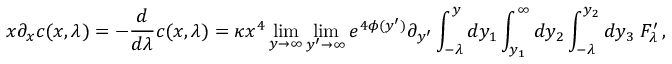
x \partial _ { x } c ( x , \lambda ) = - \frac { d } { d \lambda } c ( x , \lambda ) = \kappa x ^ { 4 } \operatorname * { l i m } _ { y \rightarrow \infty } \operatorname * { l i m } _ { y ^ { \prime } \rightarrow \infty } e ^ { 4 \phi ( y ^ { \prime } ) } \partial _ { y ^ { \prime } } \int _ { - \lambda } ^ { y } d y _ { 1 } \int _ { y _ { 1 } } ^ { \infty } d y _ { 2 } \int _ { - \lambda } ^ { y _ { 2 } } d y _ { 3 } \; F _ { \lambda } ^ { \prime } \, ,